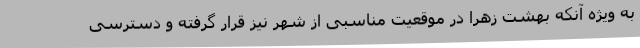
به ویژه آنکه بهشت زهرا در موقعیت مناسبی از شهر نیز قرار گرفته و دسترسی